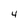
Character: 4